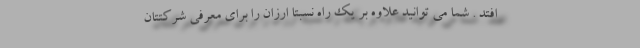
افتد . شما می توانید علاوه بر یک راه نسبتا ارزان را برای معرفی شرکتتان